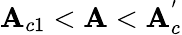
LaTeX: \mathbf{A}_{c1}<\mathbf{A}<\mathbf{A}_{c}^{'}